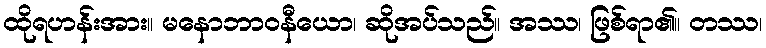
ထိုရဟန်းအား။ မနောဘာဝနီယော၊ ဆိုအပ်သည်။ အဿ၊ ဖြစ်ရာ၏။ တဿ၊